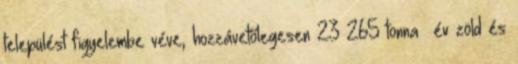
települést figyelembe véve, hozzávetőlegesen 23 265 tonna év zöld és